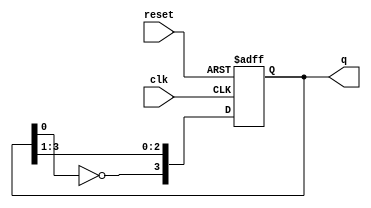
module johnson_counter (
    input wire clk,          // Clock input
    input wire reset,        // Asynchronous reset input
    output reg [3:0] q       // 4-bit output for the counter
);

    always @(posedge clk or posedge reset) begin
        if (reset) begin
            q <= 4'b0000;    // Reset the counter to 0000
        end else begin
            // Johnson counter logic
            q[3] <= ~q[0];    // Invert the first bit and feed it to the last flip-flop
            q[2] <= q[3];     // Shift the bits
            q[1] <= q[2];
            q[0] <= q[1];
        end
    end

endmodule